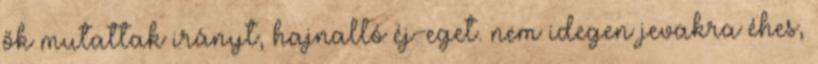
ők mutattak irányt, hajnalló éj-eget. nem idegen jevakra éhes,